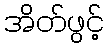
အိတ်ဖွင့်